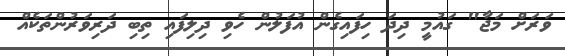
ވަރަށް މަޖާ" ގައުމީ ދިދަ ހިފައިގެން އުފަލުން ހެވި ދިލިފައި ތިބި ދަރިވަރުންތަކެއް